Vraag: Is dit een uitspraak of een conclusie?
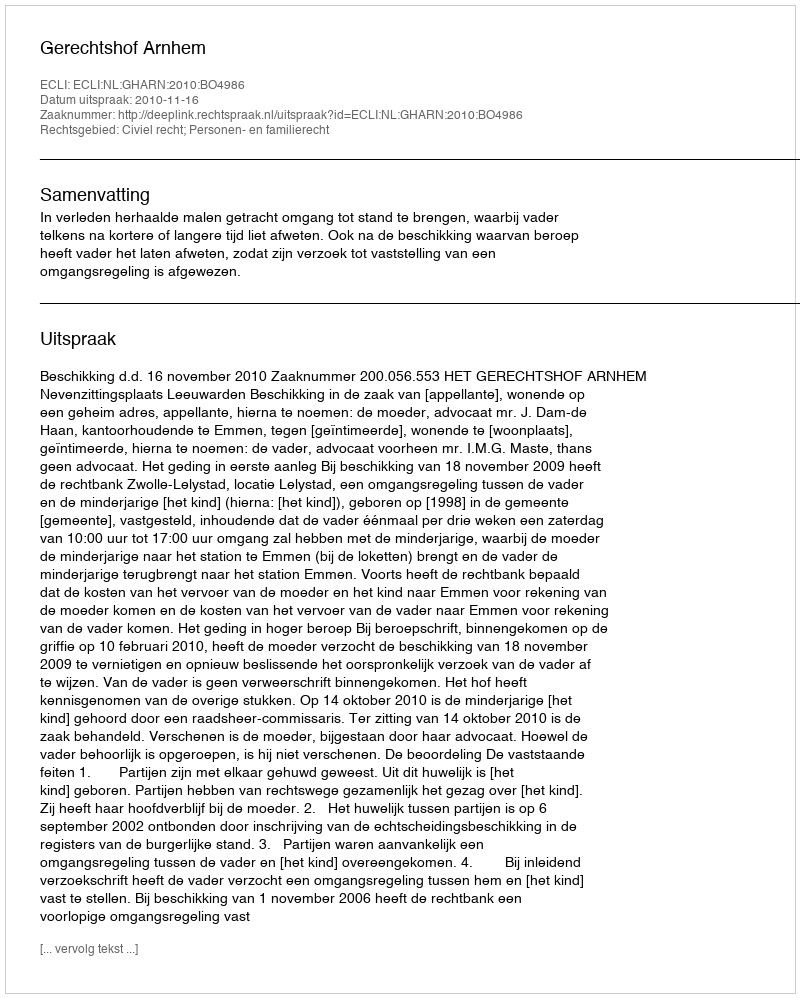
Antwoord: Uitspraak